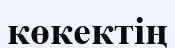
көкектің